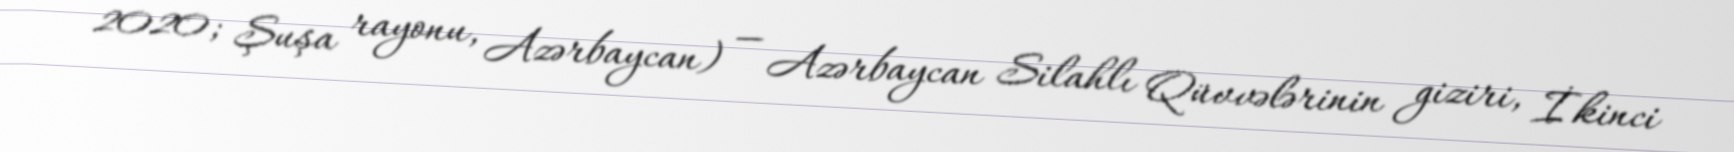
2020; Şuşa rayonu, Azərbaycan) — Azərbaycan Silahlı Qüvvələrinin giziri, İkinci